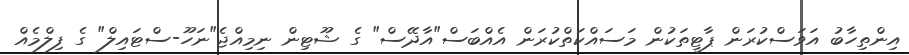
އިންތިހާބު އަވަސްކުރަން ޕާޓީތަކުން މަސައްކަތްކުރަން އެއްބަސް"އާދޭސް" ގެ ޝޫޓިން ނިމިއްޖެ"ނަހޫ-ސްޓައިލް" ގެ ފިލްމެއް